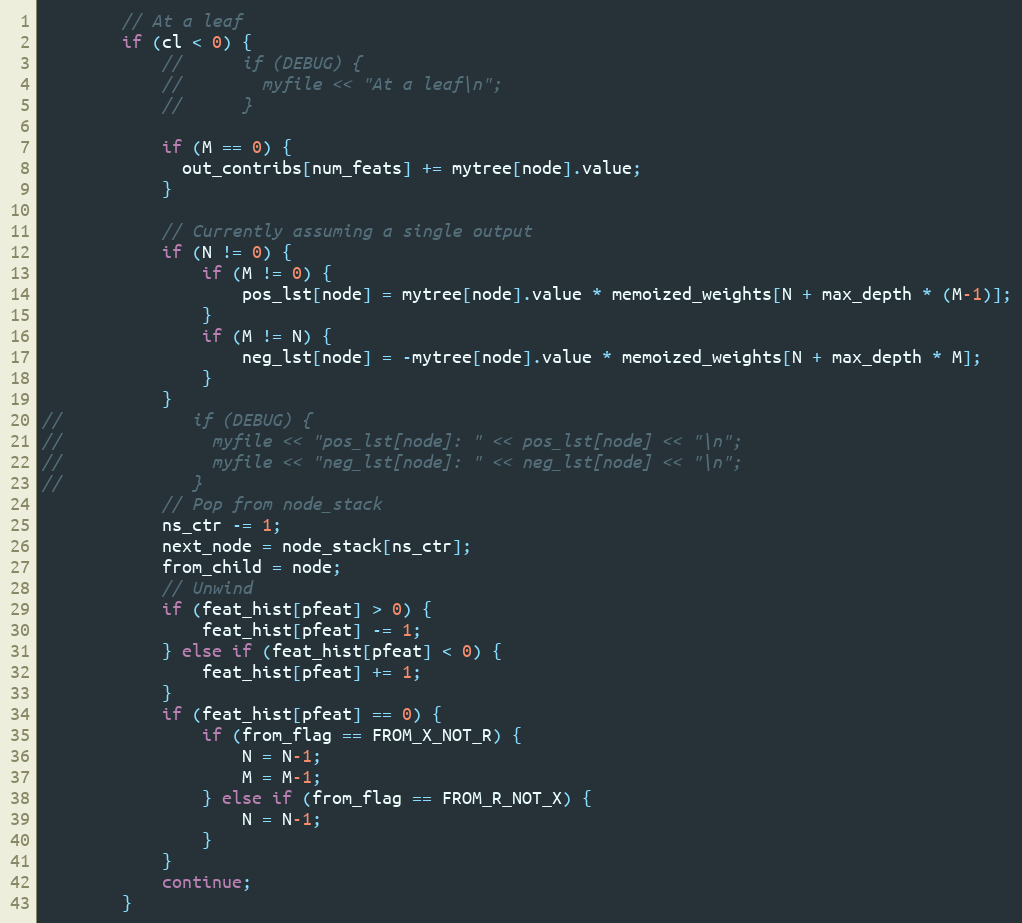
Language: C
        // At a leaf
        if (cl < 0) {
            //      if (DEBUG) {
            //        myfile << "At a leaf\n";
            //      }

            if (M == 0) {
              out_contribs[num_feats] += mytree[node].value;
            }

            // Currently assuming a single output
            if (N != 0) {
                if (M != 0) {
                    pos_lst[node] = mytree[node].value * memoized_weights[N + max_depth * (M-1)];
                }
                if (M != N) {
                    neg_lst[node] = -mytree[node].value * memoized_weights[N + max_depth * M];
                }
            }
//             if (DEBUG) {
//               myfile << "pos_lst[node]: " << pos_lst[node] << "\n";
//               myfile << "neg_lst[node]: " << neg_lst[node] << "\n";
//             }
            // Pop from node_stack
            ns_ctr -= 1;
            next_node = node_stack[ns_ctr];
            from_child = node;
            // Unwind
            if (feat_hist[pfeat] > 0) {
                feat_hist[pfeat] -= 1;
            } else if (feat_hist[pfeat] < 0) {
                feat_hist[pfeat] += 1;
            }
            if (feat_hist[pfeat] == 0) {
                if (from_flag == FROM_X_NOT_R) {
                    N = N-1;
                    M = M-1;
                } else if (from_flag == FROM_R_NOT_X) {
                    N = N-1;
                }
            }
            continue;
        }